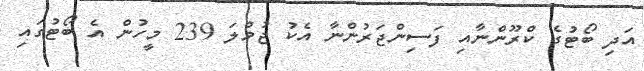
އަދި ބޯޓުގެ ކްރޫންނާއި ފަސިންޖަރުންނާ އެކު ޖުމްލަ 239 މީހުން އެ ބޯޓުގައި